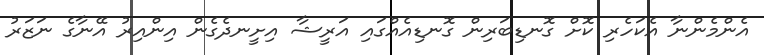
އެންމެންނާ އެކަހެރި ކޮށް ގޮނޑިބަރިން ގޮނޑިއެއްގައި އަރީޝާ އިށީނދެގެން އިންއިރު އޭނާގެ ނަޒަރު